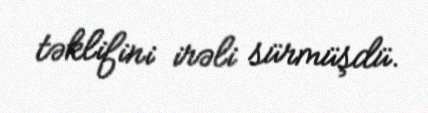
təklifini irəli sürmüşdü.